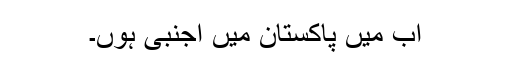
اب میں پاکستان میں اجنبی ہوں۔